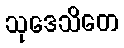
သုဒေသိတေ